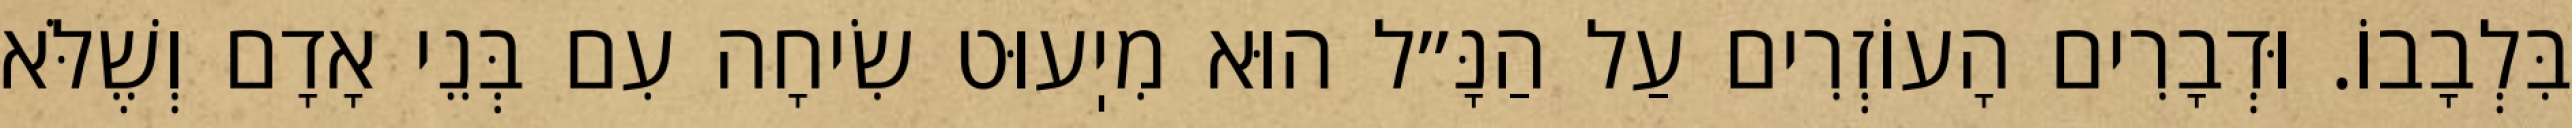
בִּלְבָבוֹ. וּדְבָרִים הָעוֹזְרִים עַל הַנָּ״ל הוּא מִיֽעוּט שִׂיחָה עִם בְּנֵי אָדָם וְשֶׁלֹּא